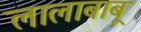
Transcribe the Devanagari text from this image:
लालाबाबू